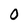
Character: 0